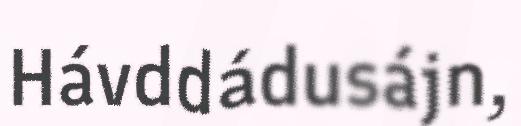
Hávddádusájn,